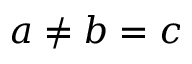
a \neq b = c